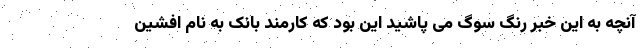
آنچه به این خبر رنگ سوگ می پاشید این بود که کارمند بانک به نام افشین